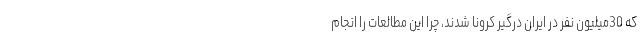
که 30میلیون نفر در ایران درگیر کرونا شدند، چرا این مطالعات را انجام